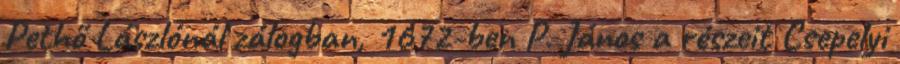
Pethő Lászlónál zálogban, 1672-ben P. János a részeit Csepelyi